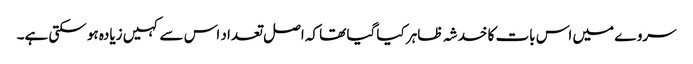
سروے میں اس بات کا خدشہ ظاہر کیا گیا تھا کہ اصل تعداد اس سے کہیں زیادہ ہو سکتی ہے۔